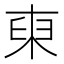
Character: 𱣟